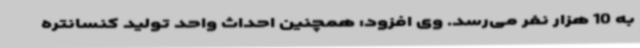
به 10 هزار نفر می‌رسد. وی افزود: همچنین احداث واحد تولید کنسانتره